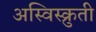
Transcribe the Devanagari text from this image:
अस्विस्क्रुती